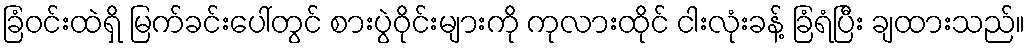
ခြံဝင်းထဲရှိ မြက်ခင်းပေါ်တွင် စားပွဲဝိုင်းများကို ကုလားထိုင် ငါးလုံးခန့် ခြံရံပြီး ချထားသည်။